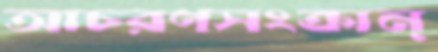
আচরণসংক্রান্